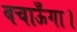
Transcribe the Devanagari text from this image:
बचाऊँगा।